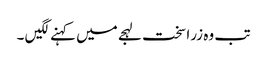
تب وہ زرا سخت لہجے میں کہنے لگیں ۔